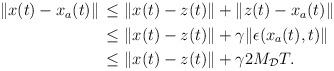
LaTeX: \begin{align*}\begin{aligned}\|x(t)-x_a(t)\| &\,\le \|x(t)-z(t)\| + \|z(t)-x_a(t)\| \\&\, \le \|x(t)-z(t)\|+\gamma \|\epsilon(x_a(t),t)\| \\&\, \le \|x(t)-z(t)\|+\gamma 2M_\mathcal{D} T.\end{aligned}\end{align*}